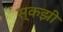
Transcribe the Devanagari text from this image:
स्कझी